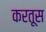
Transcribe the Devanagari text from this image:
करतूस